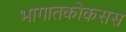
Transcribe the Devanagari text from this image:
भागातकोकसस